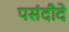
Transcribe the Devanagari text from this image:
पसंदीदे